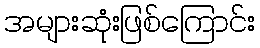
အများဆုံးဖြစ်ကြောင်း